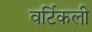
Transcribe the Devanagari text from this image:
वर्टिकली